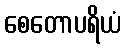
စေတောပရိယံ